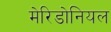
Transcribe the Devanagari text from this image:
मेरिडोनियल